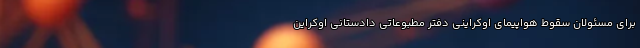
برای مسئولان سقوط هواپیمای اوکراینی دفتر مطبوعاتی دادستانی اوکراین